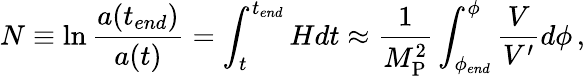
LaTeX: N\equiv\ln\frac{a(t_{end})}{a(t)}=\int_{t}^{t_{end}}Hdt\approx\frac{1}{M_{\mathrm{P}}^{2}}\int_{\phi_{end}}^{\phi}\frac{V}{V^{\prime}}d\phi\, ,